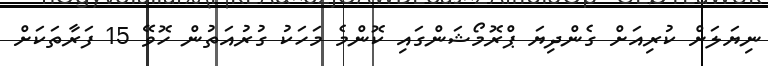
ނިޔަލަށް ކުރިއަށް ގެންދިޔަ ޕްރޮމޯޝަންގައި ކޮންމެ މަހަކު ގުރުއަތުން ހޮވޭ 15 ފަރާތަކަށް